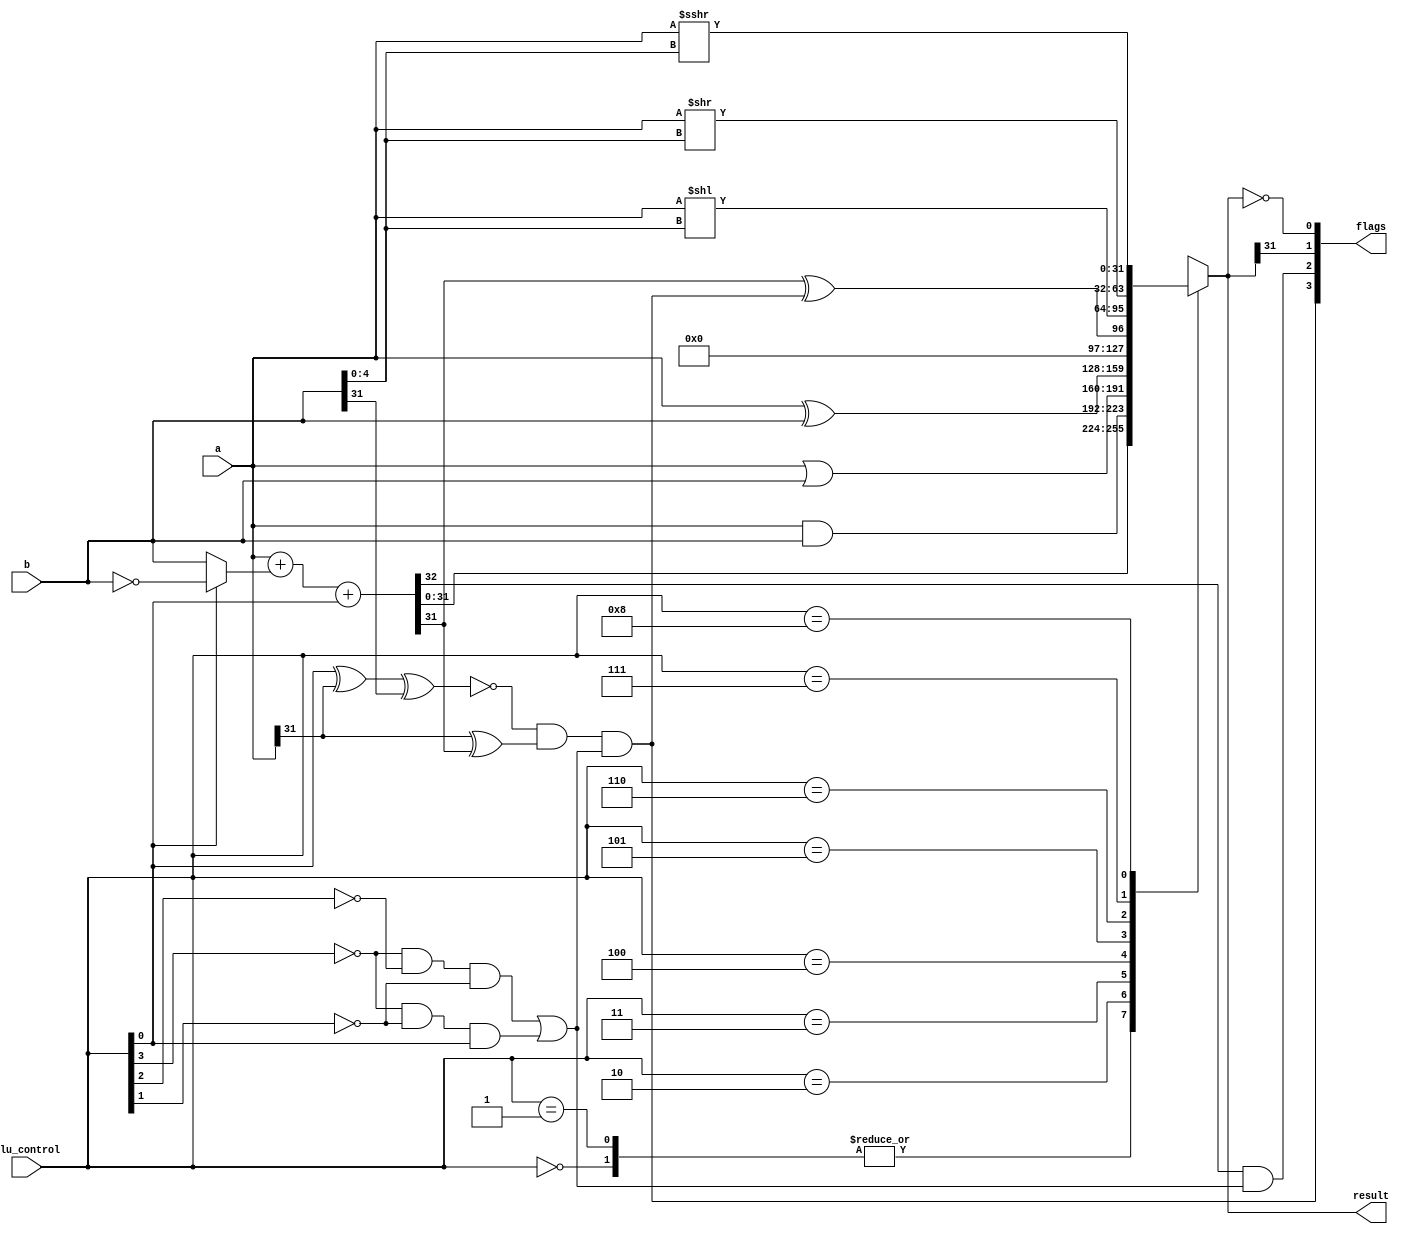
module alu (
    input  wire [31 : 0]            a,
    input  wire [31 : 0]            b,
    input  wire [3 : 0]   alu_control,
    output  reg [31 : 0]       result,
    output wire [3 : 0]         flags
);
    wire [31 : 0]  inv_b;
    wire [31 : 0]    sum;
    wire            cout;
    wire       is_add_sub;
    wire               v;
    wire               c;
    wire               n;
    wire               z;

    assign flags = {v, c, n, z};
    assign inv_b = alu_control[0] ? ~b : b;
    assign {cout, sum} = a + inv_b + alu_control[0];
    assign is_add_sub = (~alu_control[3] & ~alu_control[2] & ~alu_control[1]) |
                        (~alu_control[3] & ~alu_control[1] & alu_control[0]);
    assign z = (result == 32'b0);
    assign n = result[31];
    assign c = cout & is_add_sub;
    assign v = ~(alu_control[0] ^ a[31] ^b[31]) & (a[31] ^ sum[31]) & is_add_sub;
                        
    always @(*) begin
        case (alu_control)
            4'b0000: result = sum;
            4'b0001: result = sum;
            4'b0010: result = a & b;
            4'b0011: result = a | b;
            4'b0100: result = a ^ b;
            4'b0101: result = sum[31] ^ v;
            4'b0110: result = a << b[4:0];
            4'b0111: result = a >> b[4:0];
            4'b1000: result = $signed(a) >>> b[4:0];
            default: result = 32'bx;
        endcase
    end

endmodule